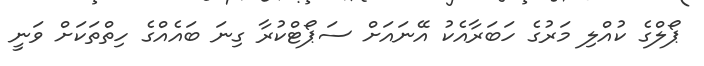
ޕޯލްގެ ކުއްލި މަރުގެ ހަބަރާއެކު އޭނައަށް ސަޕޯޓްކުރާ ގިނަ ބައެއްގެ ހިތްތަކަށް ވަނީ